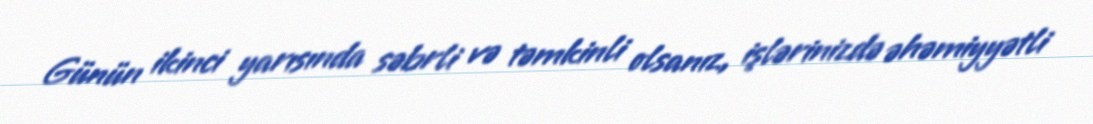
Günün ikinci yarısında səbrli və təmkinli olsanız, işlərinizdə əhəmiyyətli